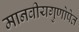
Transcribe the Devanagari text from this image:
मानवीयगुणोपेत